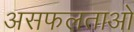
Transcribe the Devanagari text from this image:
असफलताओ